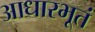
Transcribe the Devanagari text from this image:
आधारभूतं